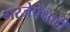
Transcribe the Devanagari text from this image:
गरजेपेक्षाही